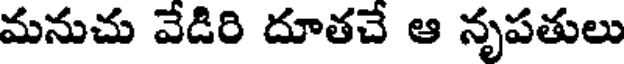
మనుచు వేడిరి దూతచే ఆ నృపతులు